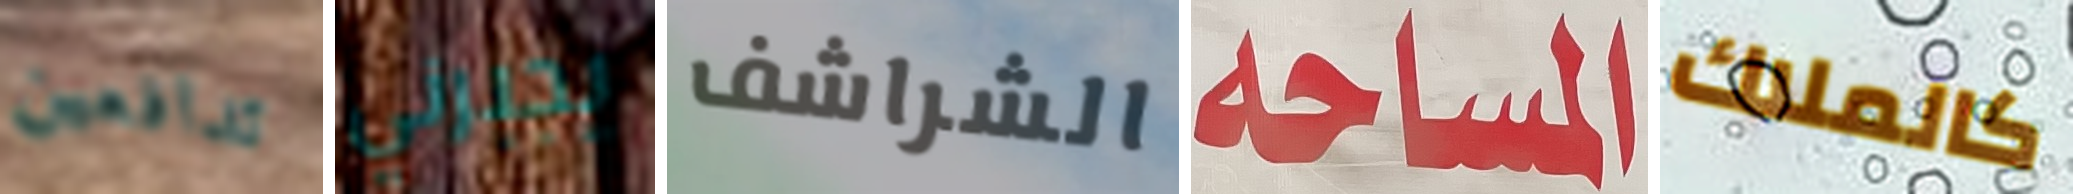
تدافعين يجبرني الشراشف المساحة كالملاك